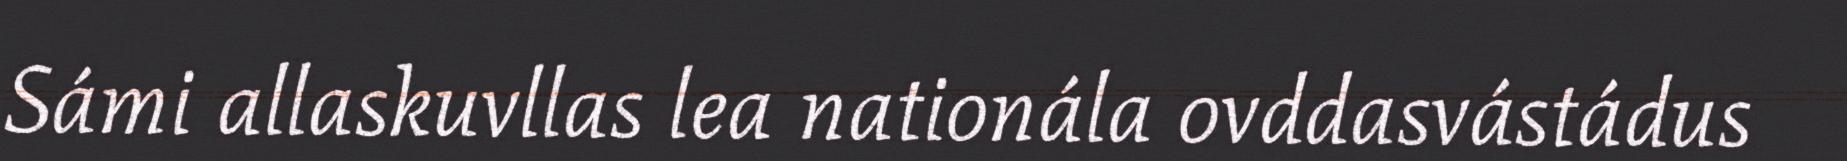
Sámi allaskuvllas lea nationála ovddasvástádus